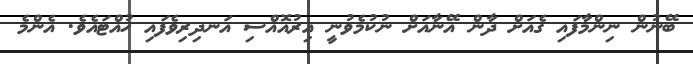
ބޭނުން ނިންމާފައި ގެއަށް ދާން އޭނާއަށް ނުކުމެވުނީ އިރުއޮއްސި އަނދިރިވެފައި ހުއްޓައެވެ. އެންމެ